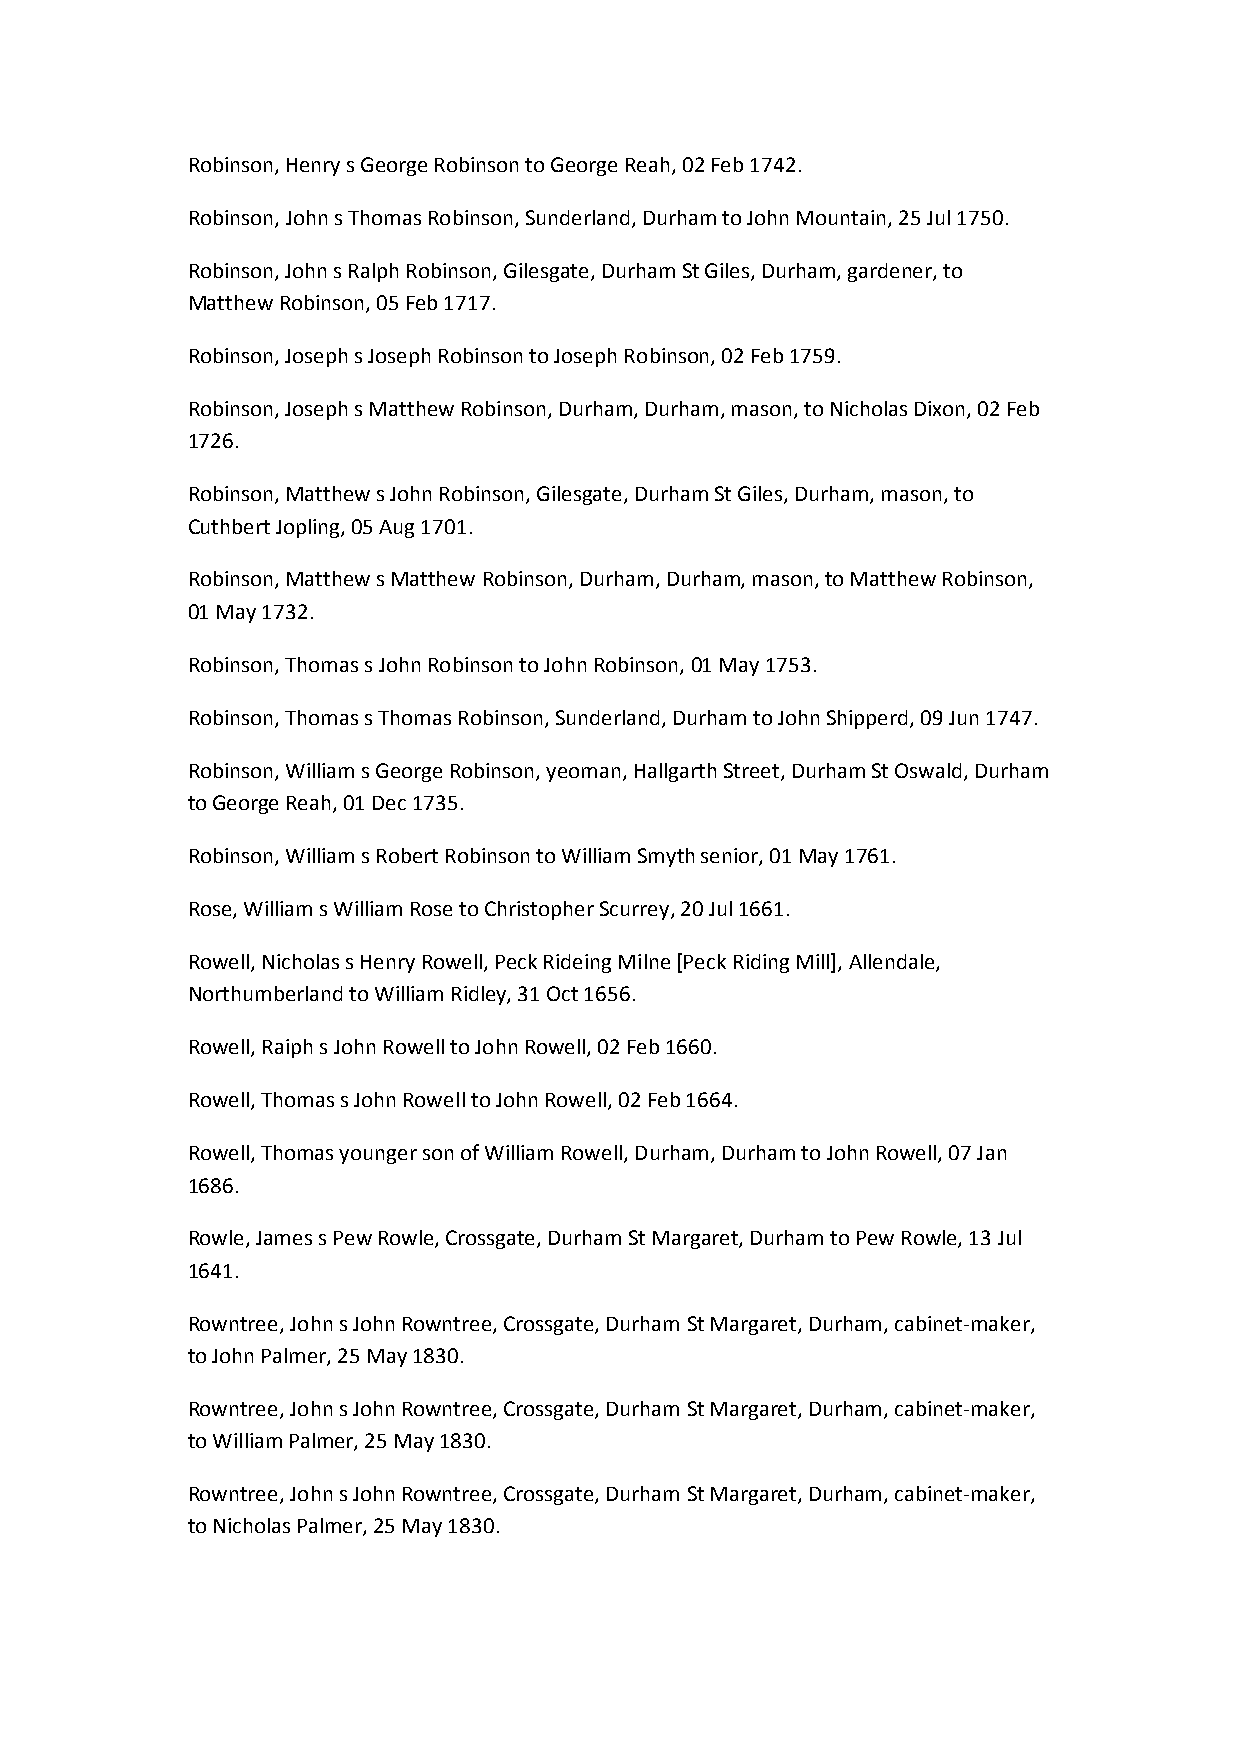
Robinson, Henry s George Robinson to George Reah, 02 Feb 1742.
 Robinson, John s Thomas Robinson, Sunderland, Durham to John Mountain, 25 Jul 1750.
 Robinson, John s Ralph Robinson, Gilesgate, Durham St Giles, Durham, gardener, to
 Matthew Robinson, 05 Feb 1717.
 Robinson, Joseph s Joseph Robinson to Joseph Robinson, 02 Feb 1759.
 Robinson, Joseph s Matthew Robinson, Durham, Durham, mason, to Nicholas Dixon, 02 Feb
 1726.
 Robinson, Matthew s John Robinson, Gilesgate, Durham St Giles, Durham, mason, to
 Cuthbert Jopling, 05 Aug 1701.
 Robinson, Matthew s Matthew Robinson, Durham, Durham, mason, to Matthew Robinson,
 01 May 1732.
 Robinson, Thomas s John Robinson to John Robinson, 01 May 1753.
 Robinson, Thomas s Thomas Robinson, Sunderland, Durham to John Shipperd, 09 Jun 1747.
 Robinson, William s George Robinson, yeoman, Hallgarth Street, Durham St Oswald, Durham
 to George Reah, 01 Dec 1735.
 Robinson, William s Robert Robinson to William Smyth senior, 01 May 1761.
 Rose, William s William Rose to Christopher Scurrey, 20 Jul 1661.
 Rowell, Nicholas s Henry Rowell, Peck Rideing Milne [Peck Riding Mill], Allendale,
 Northumberland to William Ridley, 31 Oct 1656.
 Rowell, Raiph s John Rowell to John Rowell, 02 Feb 1660.
 Rowell, Thomas s John Rowell to John Rowell, 02 Feb 1664.
 Rowell, Thomas younger son of William Rowell, Durham, Durham to John Rowell, 07 Jan
 1686.
 Rowle, James s Pew Rowle, Crossgate, Durham St Margaret, Durham to Pew Rowle, 13 Jul
 1641.
 Rowntree, John s John Rowntree, Crossgate, Durham St Margaret, Durham, cabinet-maker,
 to John Palmer, 25 May 1830.
 Rowntree, John s John Rowntree, Crossgate, Durham St Margaret, Durham, cabinet-maker,
 to William Palmer, 25 May 1830.
 Rowntree, John s John Rowntree, Crossgate, Durham St Margaret, Durham, cabinet-maker,
 to Nicholas Palmer, 25 May 1830.